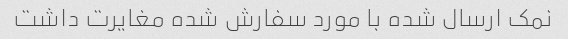
نمک ارسال شده با مورد سفارش شده مغایرت داشت